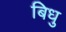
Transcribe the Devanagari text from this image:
बिधु